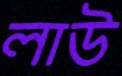
লাউ